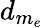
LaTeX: d_{m_{e}}